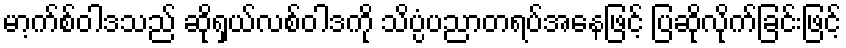
မာ့က်စ်ဝါဒသည် ဆိုရှယ်လစ်ဝါဒကို သိပ္ပံပညာတရပ်အနေဖြင့် ပြဆိုလိုက်ခြင်းဖြင့်